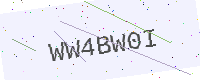
Text: WW4BW0I